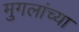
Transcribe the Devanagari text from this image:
मुगलांच्या